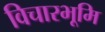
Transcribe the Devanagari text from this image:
विचारभूमि